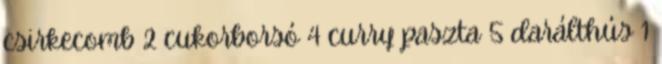
csirkecomb 2 cukorborsó 4 curry paszta 5 darálthús 1